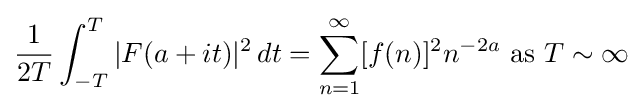
{\frac {1}{2T}}\int _{-T}^{T}|F(a+it)|^{2}\,dt=\sum _{n=1}^{\infty }[f(n)]^{2}n^{-2a}{\text{ as }}T\sim \infty